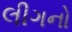
લીગનો